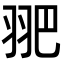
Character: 𦐆